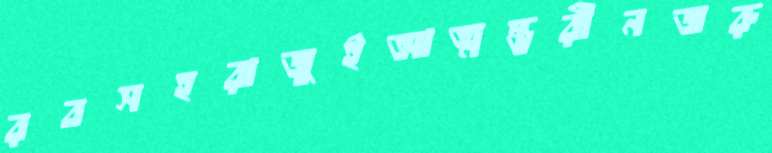
রবসহরাজুইআত্মম্ভরীনজরু